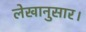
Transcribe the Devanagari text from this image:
लेखानुसार।